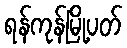
ရန်ကုန်မြို့ပတ်